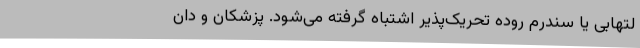
لتهابی یا سندرم روده تحریک‌پذیر اشتباه گرفته می‌شود. پزشکان و دان